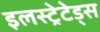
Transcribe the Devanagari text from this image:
इलस्ट्रेटेड्स